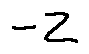
- z